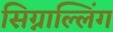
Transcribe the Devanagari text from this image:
सिग्नाल्लिंग